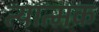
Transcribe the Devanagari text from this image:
त्यात्मक